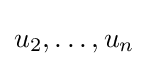
u_{2},\ldots ,u_{n}